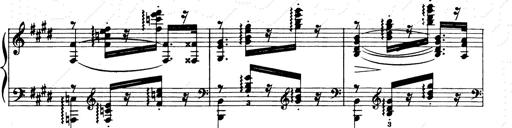
Title: Consolations and LiebestrÃ¤ume for the Piano
Composer: Franz Liszt